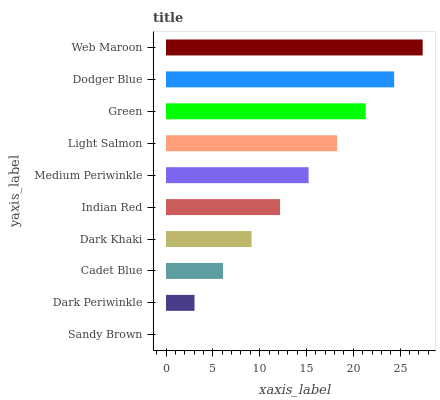
| yaxis_label | bars |
 | --- | --- |
 | Sandy Brown | 0 |
 | Dark Periwinkle | 3.04 |
 | Cadet Blue | 6.09 |
 | Dark Khaki | 9.13 |
 | Indian Red | 12.2 |
 | Medium Periwinkle | 15.2 |
 | Light Salmon | 18.3 |
 | Green | 21.3 |
 | Dodger Blue | 24.4 |
 | Web Maroon | 27.4 |